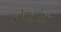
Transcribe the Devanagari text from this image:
रोगानुरोधकों